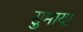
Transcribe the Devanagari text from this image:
सुमाया